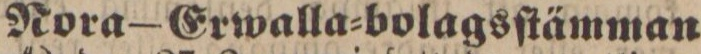
Nora—Erwalla=bolagsſtämman